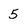
Character: 5